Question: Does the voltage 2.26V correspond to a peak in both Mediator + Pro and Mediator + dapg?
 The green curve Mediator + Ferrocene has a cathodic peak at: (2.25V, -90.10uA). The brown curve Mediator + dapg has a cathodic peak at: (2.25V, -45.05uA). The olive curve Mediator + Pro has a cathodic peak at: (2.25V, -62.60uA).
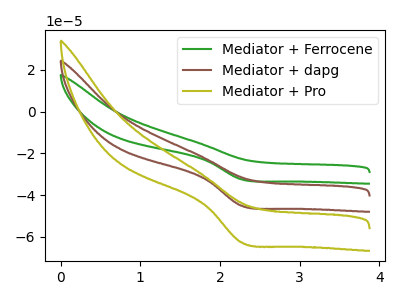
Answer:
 <answer>Yes, "Mediator + Pro" and "Mediator + dapg" share a peak at 2.26V.</answer>
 <eval>match</eval>